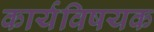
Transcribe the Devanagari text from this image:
कार्यविषयक